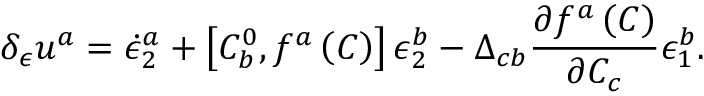
\delta _ { \epsilon } u ^ { a } = \dot { \epsilon } _ { 2 } ^ { a } + \left[ C _ { b } ^ { 0 } , f ^ { a } \left( C \right) \right] \epsilon _ { 2 } ^ { b } - \Delta _ { c b } \frac { \partial f ^ { a } \left( C \right) } { \partial C _ { c } } \epsilon _ { 1 } ^ { b } .